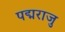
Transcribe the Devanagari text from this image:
पद्मराजु